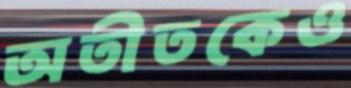
অতীতকেও